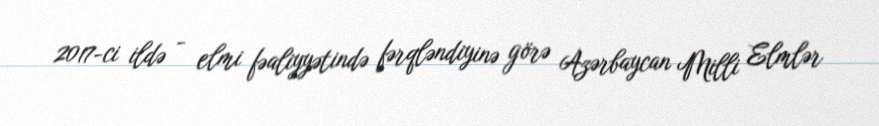
2017-ci ildə - elmi fəaliyyətində fərqləndiyinə görə Azərbaycan Milli Elmlər